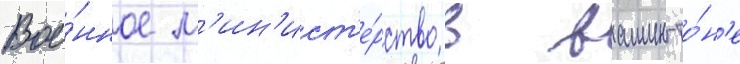
Вое́нное м'ин'ист'е́рство в вашингто́н'е